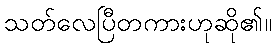
သတ်လေပြီတကားဟုဆို၏။